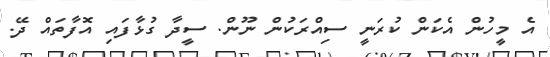
އެ މީހުން އެކަން ކުރަނީ ސިއްރަކުން ނޫން. ސީދާ ގުޅާފައި އޮފާތައް ދޭ.